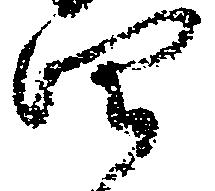
四